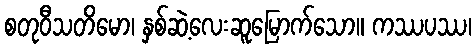
စတုဝီသတိမော၊ နှစ်ဆဲ့လေးဆူမြောက်သော။ ကဿပဿ၊